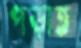
পড়াত